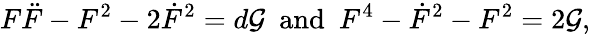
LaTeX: F\ddot{F}-F^{2}-2\dot{F}^{2}=d{\cal G}~~\mathrm{and}~~F^{4}-\dot{F}^{2}-F^{2}=2{\cal G},